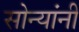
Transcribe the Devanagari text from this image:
सोन्यांनी